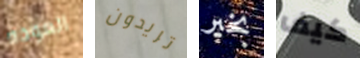
العوده تريدون بخير كيف